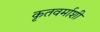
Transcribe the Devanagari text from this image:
कृतवर्माशी